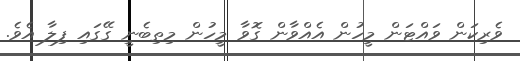
ވެރިކަން ވައްޓަން މީހުން އެއްވާން ގޮވާ މީހުން މިތިބެނީ ގޭގައި ފިލާ އެވެ.